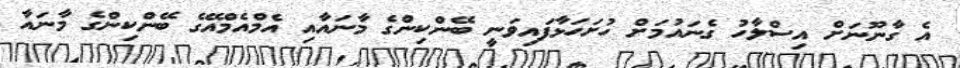
އެ ގާނޫނަށް އިސްލާހު ގެނައުމަށް ހުށަހަޅާފައިވަނީ ބޭންކިންގެ މާނައާއި އެމްއެމްއޭގެ ބޭންކިންގެ މާނައާ